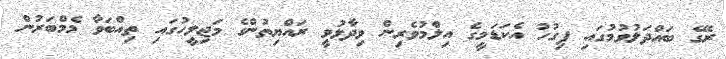
ރޭގެ ބައްދަލުވުމުގައި ފިގުހު އެކަޑަމީގެ އިލްމުވެރިން ވިދާޅުވީ ރައްޔިތުންގެ މަޖިލީހުގައި ތިއްބަވާ މެމްބަރުން